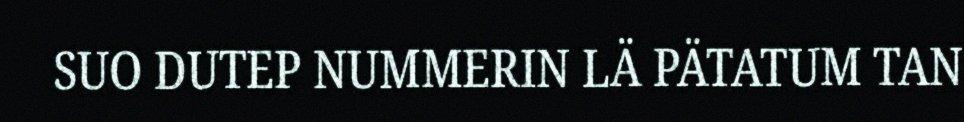
SUO DUTEP NUMMERIN LÄ PÄTATUM TAN